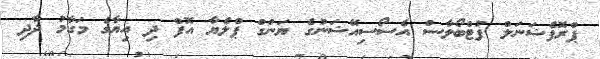
ޕްރޮފެޝަނަލް ފުޓްބޯލާސް އެސޯސިއޭޝަނުގެ ޔަންގް ޕްލެޔާ އޮފް ދި އިޔާގެ މަގާމު ދާދި